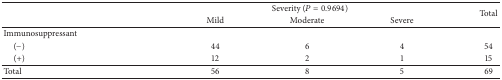
<table><thead><tr><td>[EMPTY_CELL]</td><td>[EMPTY_CELL]</td><td colspan="3"><b>Severity (<i>P</i> = 0.9694)</b></td><td rowspan="2"><b>Total</b></td></tr><tr><td>[EMPTY_CELL]</td><td>[EMPTY_CELL]</td><td><b>Mild</b></td><td><b>Moderate</b></td><td><b>Severe</b></td></tr></thead><tbody><tr><td>Immunosuppressant</td><td>[EMPTY_CELL]</td><td>[EMPTY_CELL]</td><td>[EMPTY_CELL]</td><td>[EMPTY_CELL]</td><td>[EMPTY_CELL]</td></tr><tr><td> (−)</td><td>[EMPTY_CELL]</td><td>44</td><td>6</td><td>4</td><td>54</td></tr><tr><td> (+)</td><td>[EMPTY_CELL]</td><td>12</td><td>2</td><td>1</td><td>15</td></tr><tr><td>Total</td><td>[EMPTY_CELL]</td><td>56</td><td>8</td><td>5</td><td>69</td></tr></tbody></table>